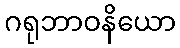
ဂရုဘာဝနိယော